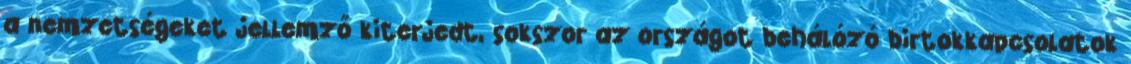
a nemzetségeket jellemző kiterjedt, sokszor az országot behálózó birtokkapcsolatok